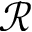
\mathcal { R }